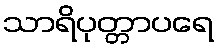
သာရိပုတ္တာပရေ